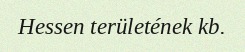
Hessen területének kb.